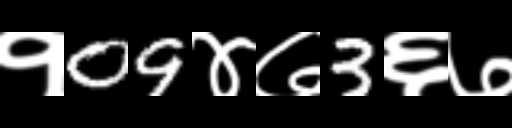
Text: १09४७3६७